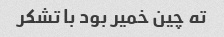
ته چین خمیر بود با تشکر